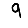
Digit: 9